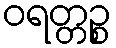
ဝရတ္တဉ္စ